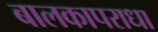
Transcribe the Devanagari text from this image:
बालकापराधा